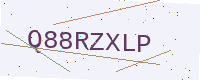
Text: Q88RZXLP